Report of the Municipal Commissioner on the plague in Bombay for the year ending 31st May... - Volume 3
Disease focus: Plague
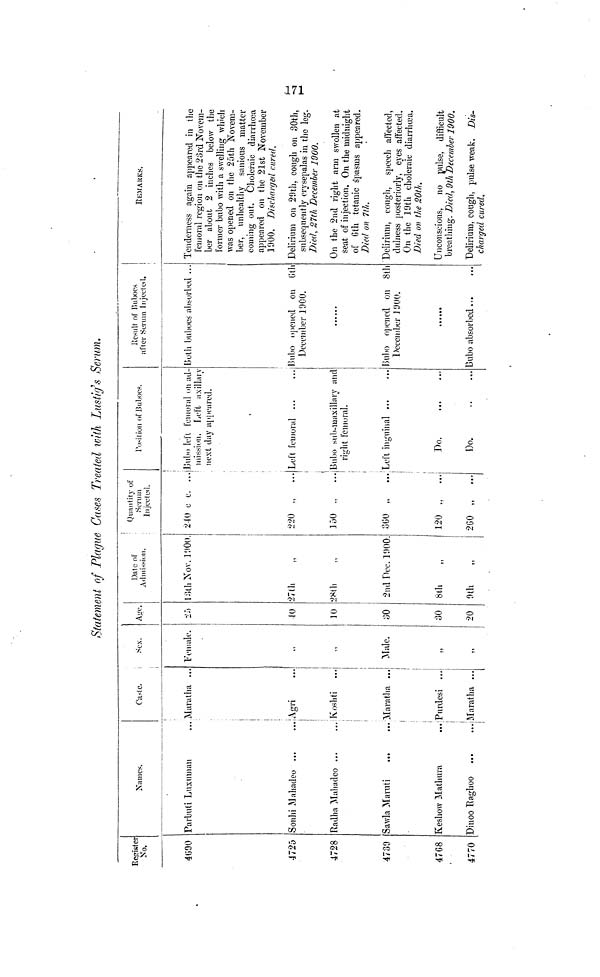
Statement of Plague Cases Treated with Lustig's Serum.
Register
No.
4690
4725
4728
4739
47G8
4770
Names.
Parbuti Luxuman
Sonhi Mahadeo ...
Radha Mahadeo ...
Sawla Maruti
...
Keshow Mathura
...
Dinoo Raghoo
...
...
Caste.
Maratha ...
Agri
Koshti
Maratha ...
Purdesi ...
Maratha ...
Sex.
Female.
„
Male.
,,
,,
Age.
25
10
10
30
30
20
Date of
Admission.
13th Nov. 1900.
27th
28th
2nd Dec. 1900
8th
9th
Quantity of
Serum
Injected.
240 c 0. ...
220 .,
...
150 .,
360 „
120 .,
260 „
...
Position of Buboes.
Bubo left femoral on ad-
mission. Left axillary
next day appeared.
Left femoral ...
Bubo sub-maxillary and
right femoral.
Left inguinal ...
Do
Do
Result of Buboes
after Serum Injected.
Both buboes absorbed ...
Bubo opened on 6th
December 1900.
Bubo opened on 8th
December 1900.
Bubo absorbed ...
REMARKS.
Tenderness again appeared in the
femoral region on the 23rd Novem-
ber about 2 inches below the
former bubo with a swelling which
was opened on the 25th Novem-
ber, unhealthy sanious matter
coming out. Choleraic diarrhoea
appeared on the 21st November
1900. Discharged cured.
Delirium on 29th, cough on 30th,
subsequently erysepalas in the leg.
Died, 27th December 1900.
On the 2nd right arm swollen at
seat of injection. On the midnight
of 6th tetanic spasms appeared.
Died on 7th.
Delirium, cough, speech affected,
dulness posteriorly, eyes affected.
On the 19th choleraic diarrhoea.
Died on the 20th.
Unconscious, no pulse, difficult
breathing. Died, 9th December 1900.
Delirium, cough, pulse weak. Dis-
charged cured.
171